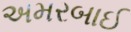
અમરબાઈ